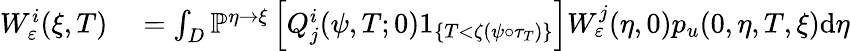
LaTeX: \begin{array}{rl}{W_{\varepsilon}^{i}(\xi,T)}&{{}=\int_{D}\mathbb{P}^{\eta\rightarrow\xi}\left[Q_{j}^{i}(\psi,T;0)1_{\{ T<\zeta(\psi\circ\tau_{T})\} }\right]W_{\varepsilon}^{j}(\eta,0)p_{u}(0,\eta,T,\xi)\textrm{d}\eta}\end{array}